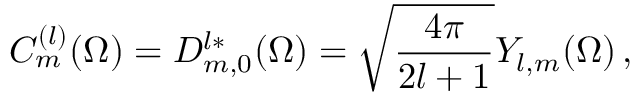
C _ { m } ^ { ( l ) } ( \Omega ) = D _ { m , 0 } ^ { l * } ( \Omega ) = \sqrt { \frac { 4 \pi } { 2 l + 1 } } Y _ { l , m } ( \Omega ) \, ,